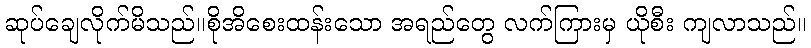
ဆုပ်ချေလိုက်မိသည်။စိုအိစေးထန်းသော အရည်တွေ လက်ကြားမှ ယိုစီး ကျလာသည်။